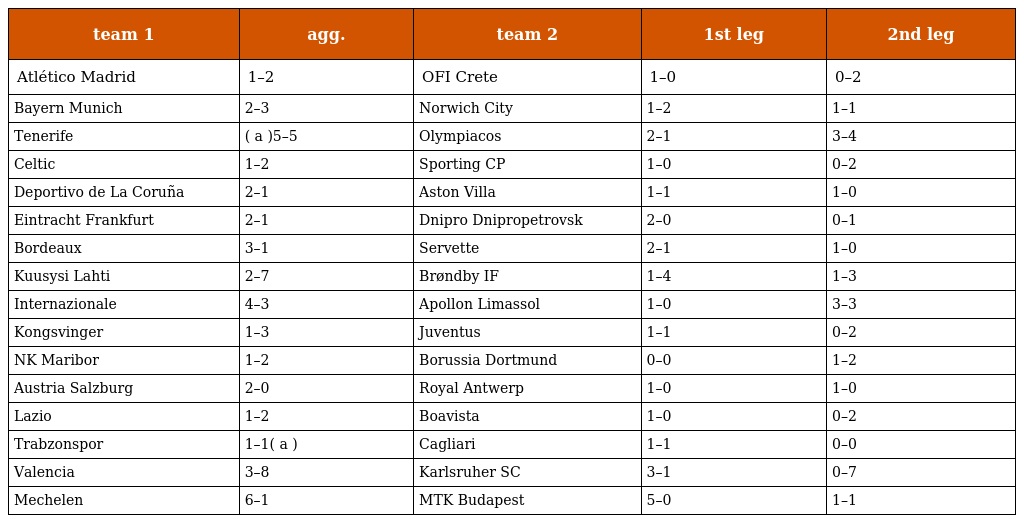
| team 1 | agg. | team 2 | 1st leg | 2nd leg |
 | --- | --- | --- | --- | --- |
 | Atlético Madrid | 1–2 | OFI Crete | 1–0 | 0–2 |
 | Bayern Munich | 2–3 | Norwich City | 1–2 | 1–1 |
 | Tenerife | ( a )5–5 | Olympiacos | 2–1 | 3–4 |
 | Celtic | 1–2 | Sporting CP | 1–0 | 0–2 |
 | Deportivo de La Coruña | 2–1 | Aston Villa | 1–1 | 1–0 |
 | Eintracht Frankfurt | 2–1 | Dnipro Dnipropetrovsk | 2–0 | 0–1 |
 | Bordeaux | 3–1 | Servette | 2–1 | 1–0 |
 | Kuusysi Lahti | 2–7 | Brøndby IF | 1–4 | 1–3 |
 | Internazionale | 4–3 | Apollon Limassol | 1–0 | 3–3 |
 | Kongsvinger | 1–3 | Juventus | 1–1 | 0–2 |
 | NK Maribor | 1–2 | Borussia Dortmund | 0–0 | 1–2 |
 | Austria Salzburg | 2–0 | Royal Antwerp | 1–0 | 1–0 |
 | Lazio | 1–2 | Boavista | 1–0 | 0–2 |
 | Trabzonspor | 1–1( a ) | Cagliari | 1–1 | 0–0 |
 | Valencia | 3–8 | Karlsruher SC | 3–1 | 0–7 |
 | Mechelen | 6–1 | MTK Budapest | 5–0 | 1–1 |